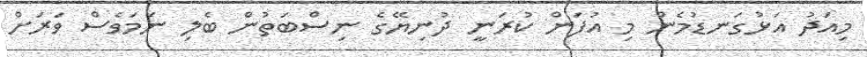
މިއަދު އަޅުގަނޑުމެން މި އުފަން ކުރަނީ ދުނިޔޭގެ ނިސްބަތުން ބެލި ނަމަވެސް ވަރަށް